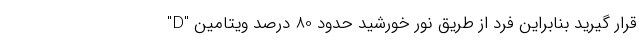
قرار گیرید بنابراین فرد از طریق نور خورشید حدود 80 درصد ویتامین "D"